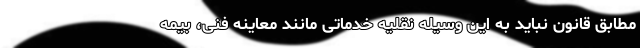
مطابق قانون نباید به این وسیله نقلیه خدماتی مانند معاینه فنی، بیمه